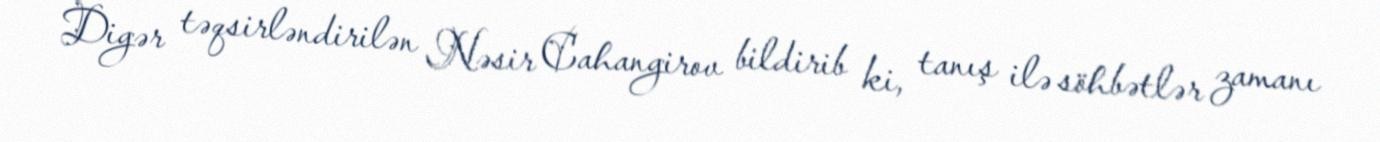
Digər təqsirləndirilən Nəsir Cahangirov bildirib ki, tanış ilə söhbətlər zamanı